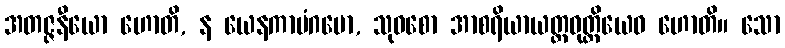
အတဇ္ဇနီယော ဟောတိ, န ယေနကာမံဂမော, သုဝစော အာစရိယာယတ္တဝုတ္တိယေဝ ဟောတိ။ သော